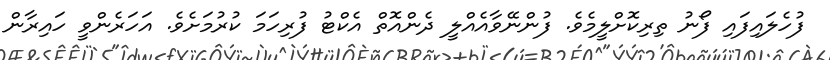
ފުހެލައިފައި ފޯނު ތިރިކޮށްލީމެވެ. ފުންނޭވާއެއްލީ ދެންއޮތް އެކްޓު ފުރިހަމަ ކުރުމަށެވެ. އަހަރެންވީ ހައިރާން